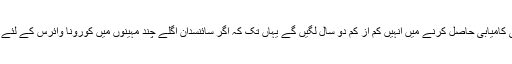
اس دوران کچھ ویکسین بنانے والی کمپنیوں نے ابتدائی طور پر برتری بھی حاصل کرلی ہے تاہم حتمی کامیابی حاصل کرنے میں انہیں کم از کم دو سال لگیں گے یہاں تک کہ اگر سائنسدان اگلے چند مہینوں میں کورونا وائرس کے لئے کوئی ویکسین بنا بھی لیں تو دنیا کے 750 کروڑ افراد تک پہنچانے میں اچھا خاصا وقت درکار ہوگا۔